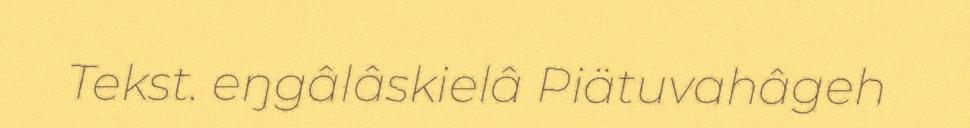
Tekst. eŋgâlâskielâ Piätuvahâgeh